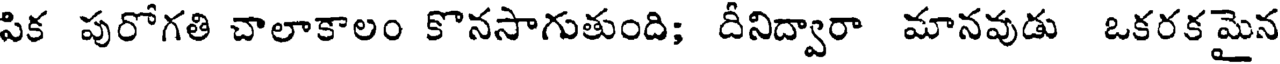
పిక పురోగతి చాలాకాలం కొనసాగుతుంది; దీనిద్వారా మానవుడు ఒకరక మైన